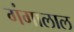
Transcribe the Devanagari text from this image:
गंगालाल